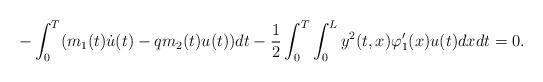
LaTeX: \begin{align*}-\int_{0}^{T} (m_1(t)\dot u(t) -q m_2(t)u(t)) dt -\frac{1}{2}\int_{0}^{T} \int_0^L y^2(t,x)\varphi'_1(x) u(t) dxdt=0.\end{align*}